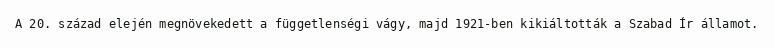
A 20. század elején megnövekedett a függetlenségi vágy, majd 1921-ben kikiáltották a Szabad Ír államot.